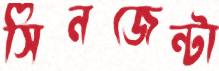
সিনজেন্টা